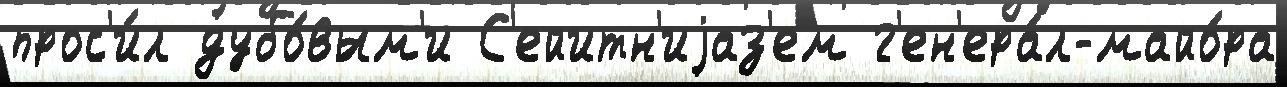
прос'и́л дубо́вым'и С'ейитн'иjаз'ем г'ен'ера́л-майо́ра